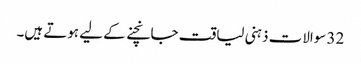
32 سوالات ذہنی لیاقت جانچنے کے لیے ہوتے ہیں۔